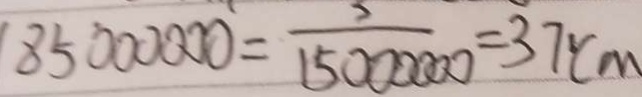
8 5 0 0 0 0 0 0 = \frac { 3 } { 1 5 0 0 0 0 0 0 } = 3 7 c m